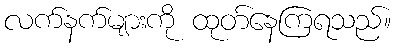
လက်နက်များကို ထုတ်နေကြရသည်။